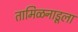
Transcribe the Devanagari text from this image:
तामिळनाडूला